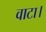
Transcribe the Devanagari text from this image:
वाटा।